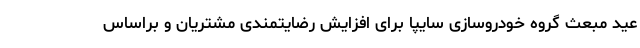
عید مبعث گروه خودروسازی سایپا برای افزایش رضایتمندی مشتریان و براساس